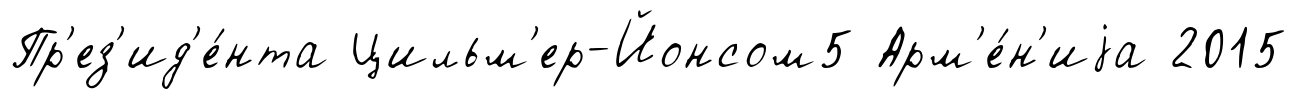
Пр'ез'ид'е́нта Цильм'ер-Йонсом5 Арм'е́н'иjа 2015